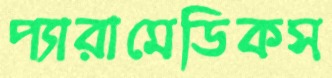
প্যারামেডিকস